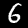
Digit: 6